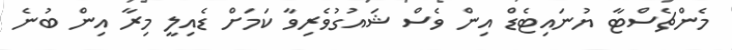
މެންޗެސްޓާ ޔުނައިޓެޑް އިން ވެސް ޝައުގުވެރިވާ ކަމަށް ޑެއިލީ މިރާ އިން ބުނެ